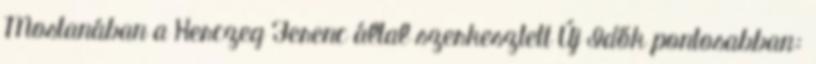
Mostanában a Herczeg Ferenc által szerkesztett Új Idők pontosabban: